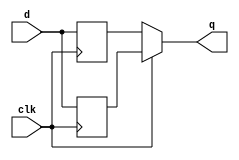
module top_module (
    input clk,
    input d,
    output q
);
    wire q_pos, q_neg;
    always @ (posedge clk) begin
        q_pos <= d;
    end
    always @ (negedge clk) begin
        q_neg <= d;
    end
    assign q = clk ? q_pos : q_neg;
endmodule